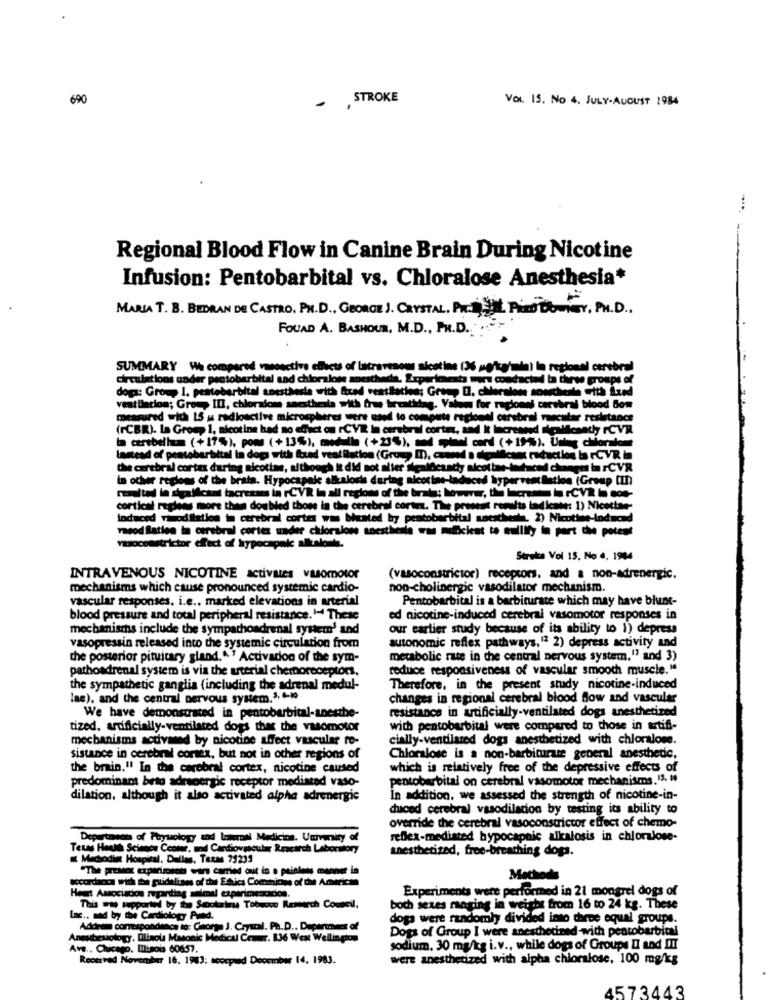
690
- , STROKE
VOL 15. No 4. JULY-AUGUST 1984
Regional Blood Flow in Canine Brain During Nicotine
Infusion: Pentobarbital vs. Chloralose Anesthesia*
MARIA T. B. BEDRAN DE CASTRO, PH.D ., GEORGE J. CRYSTAL, PICO Pind Bonner, PH.D .,
FOUAD A. BASHOUN, M.D ., PH.D .... ">
SUMMARY We compared vasoactive effects of latravesoms sicotine (36 mg/kg/min) in regional cerebral
Circulations under pentobarbital and chioralone mocit!
xperiment wors conducted la three groups of
doga: Group I. peatebarbital anesthesia with fixed vestilachen; Groep D. cheralone souschers with Lund
vest liacion; Group ID, chloratom seesthesla with free bre
thing. Value for ragionei cerebral blood Som
measured with 15 u radioactive microspheres were used to compute regional carsbral vascular resistance
(FCBR). La Group 1, nicotine had no effect on rCVR In cerebral cortex, sad it Increased sigallesaty rCVR
I cerebellum (+17%), poms (+13%), medulla (+23%), and spinal cord (+19%). Uning chioraleme
Instead of pentobarbital in dogs with fred ventilation (Group I), canned a deal
Icant roduction la rCVR in
Che cerebral cortex during nicotine, although it did not aller sigaldcastty aicottae-lohucul changes in rCVR
in other regions of the brata. Hypocapale alkalosis daring nicotine-laduced hyper ventilation (Group [In)
resulted le dipallcant tacresses in rCVR in all regions of the brats; however, the lecrest in rCVR lui sos-
cortical regleas more than doubled those in the cerebral cortex. The present remelts todl
alts tadicase: 1) Nicettae-
induced ricoditation in cerebral cortex was biented by pentobarbital secsthesh. 2) Nicotine-Induced
rasod ilation in cerebral cortex under chioralone anesthesia was muefficient to nullify in port the potent
vasoconstrictor effect of hypocapalc allcalorie.
Stroke Vol 15. No ., 1984
INTRAVENOUS NICOTINE activues vasomotor
(vasoconstrictor) receptors, and a non-adrenergic.
mechanisms which cause pronounced systemic cardio-
non-cholinergic vasodilator mechanism.
vascular responses, i.e ., marked elevations in arterial
Pentobarbital is a barbiturate which may have blunt-
blood pressure and total peripheral resistance. 1 These
ed nicotine-induced cerebral vasomotor responses in
mechanisms include the sympathoadrenal system' and
our earlier study because of its ability to 1) depress
vasopressin released into the systemic circulation from
autonomic reflex pathways, 12 2) depress activity and
the posterior pituitary gland."" Activadon of the sym-
metabolic rate in the central nervous system." and 3)
pathoadrenal system is via the arterial chernoreceptor,
reduce responsiveness of vascular smooth muscle."
the sympathetic ganglia (including the adrenal medul-
Therefore, in the present study nicotine-induced
lae), and the central nervous system.3. 4-10
changes in regional cerebral blood flow and vascular
resistance in artificially-ventilated dogs anesthetized
We have demonstrated in pentobarbital-anesthe-
tized. artificially-ventilated dogs that the vasomotor
with pentobarbital were compared to those in artifi-
mechanisms activamed by nicotine affect vascular re-
cially-ventilated dogs anesthetized with chloralose.
sistance in cerebral cortex, but not in other regions of
Chloralose is a non-barbiturare general anesthetic,
the brain." In the cerebral cortex, nicotine caused
which is relatively free of the depressive effects of
predominant beto adrenergic receptor mediated vaso-
pentobarbital on cerebral vasomotor mechanisms. 15. "
dilation, although it also activated alpha adrenergic
In addition, we assessed the strength of nicotine-in-
duced cerebral vasodilation by testing its ability to
override the cerebral vasoconstrictor effect of chemo-
Deportunas of Physiology and lateral Medicina. University of
reflex-mediated bypocapnic alkalosis in chlorajose-
Teus Health Science Ceour, and Cardiovascular Research Laboratory
anesthetized, free-breathing dogs.
Macodie Hospital, Dulles, Texas 75239
"The present experiments wars carried out in o painless manner in
accordacca with the guidelines of the Edics Comicios of the American
Methods
Experiments were performed in 21 mongrel dogs of
Heart Associacions regarding saimal experimencoon.
This was supported by the Seookrinse Tobucco Research Council.
both sexes maging in weighs from 16 to 24 kg. These
Inc ., mad by the Cardiology And.
dogs were randomly divided into three equal groups.
Address correspondence to: George J. Crystal. Ph.D .. Depannes of
Dogs of Group I were anesthetined with pentobarbital
Anesthesiology, Olinola Masonic Medical Center. 136 Went Wellington
Ave .. Chicago, Illinois 60657.
sodium. 30 mg/kg i.v ., while dogs of Groups I and III
Received November 16, 1963: scocpied December 14, 1983.
were anesthetized with alpha chloralose, 100 mg/kg
4573443